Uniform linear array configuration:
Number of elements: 4
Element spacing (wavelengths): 1
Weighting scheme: binomial
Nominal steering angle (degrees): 15
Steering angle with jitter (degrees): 14.768
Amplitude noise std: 0.05
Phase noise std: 0.05

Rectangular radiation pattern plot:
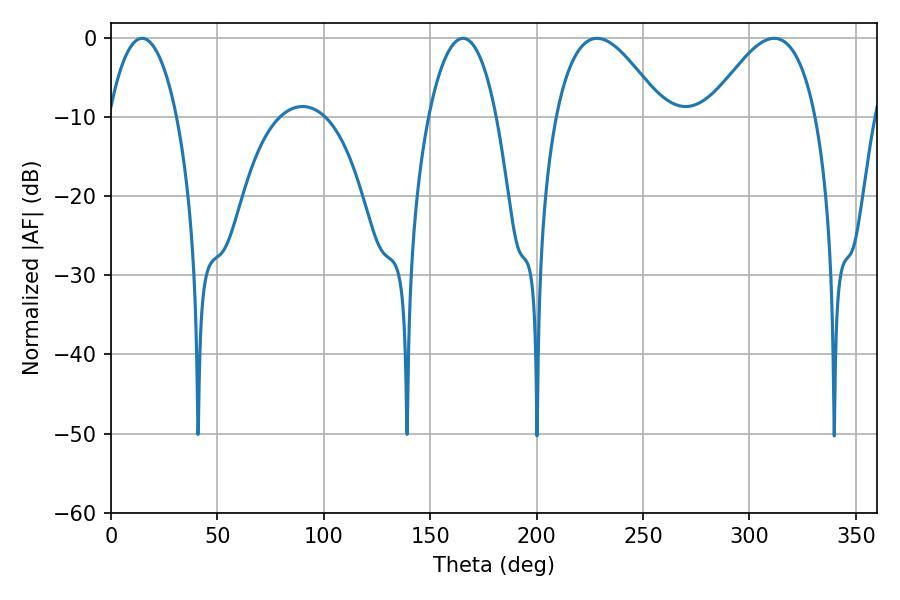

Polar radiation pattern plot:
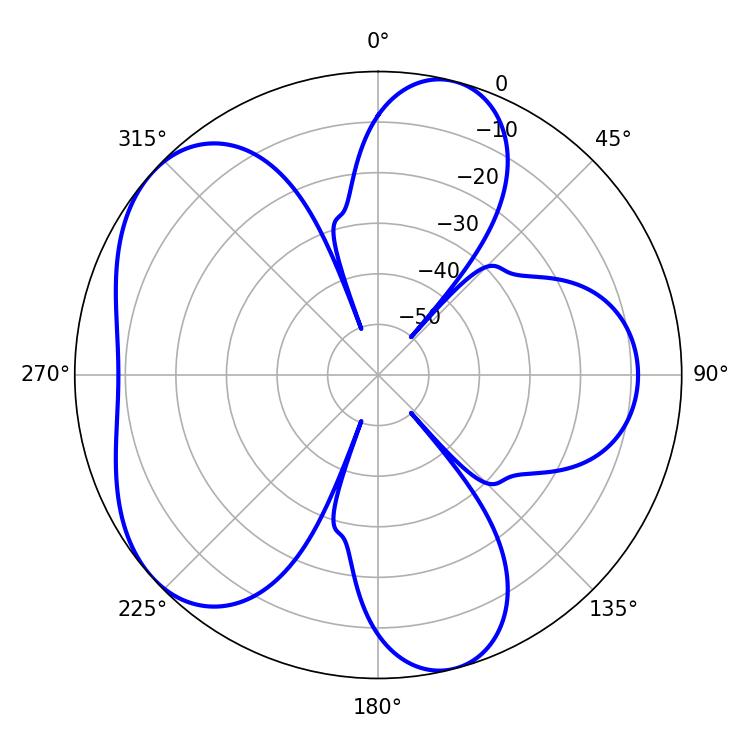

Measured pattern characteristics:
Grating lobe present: TRUE
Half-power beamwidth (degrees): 27.36
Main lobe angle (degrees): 228.42